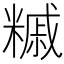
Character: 𥼀